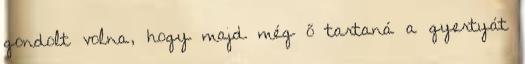
gondolt volna, hogy majd még ő tartaná a gyertyát